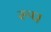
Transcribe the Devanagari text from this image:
रूप्‍ा